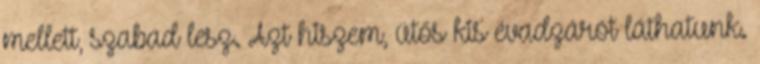
mellett, szabad lesz. Azt hiszem, ütős kis évadzárót láthatunk.